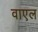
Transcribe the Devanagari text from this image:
वाएल